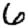
Digit: 6